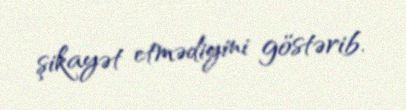
şikayət etmədiyini göstərib.